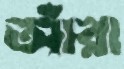
আঁরা